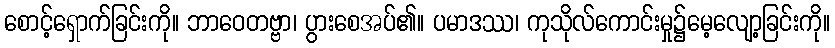
စောင့်ရှောက်ခြင်းကို။ ဘာဝေတဗ္ဗာ၊ ပွားစေအပ်၏။ ပမာဒဿ၊ ကုသိုလ်ကောင်းမှု၌မေ့လျော့ခြင်းကို။